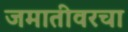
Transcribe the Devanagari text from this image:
जमातीवरचा